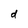
Character: d